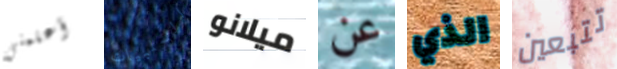
أعلمني السلبيات ميلانو عن الذي تتبعين